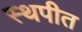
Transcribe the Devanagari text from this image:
स्थपीत